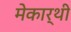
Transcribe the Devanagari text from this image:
मेकार्थी